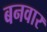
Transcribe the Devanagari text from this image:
बनवार